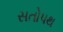
સતોપથ